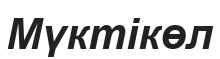
Мүктікөл